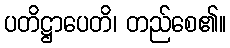
ပတိဋ္ဌာပေတိ၊ တည်စေ၏။